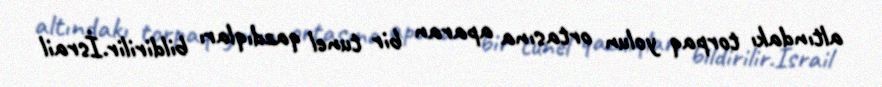
altındakı torpaq yolun ortasına aparan bir tunel qazdıqları bildirilir.İsrail